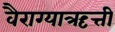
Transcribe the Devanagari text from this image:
वैराग्याऋत्ती